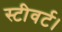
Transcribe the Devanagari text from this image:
स्टीवर्ट।